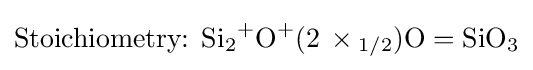
{\text{Stoichiometry:  }}{\ce {Si{}+2O{}+(2\times 1/2)O}}={\ce {SiO3}}